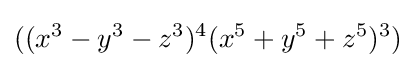
((x^{3}-y^{3}-z^{3})^{4}(x^{5}+y^{5}+z^{5})^{3})